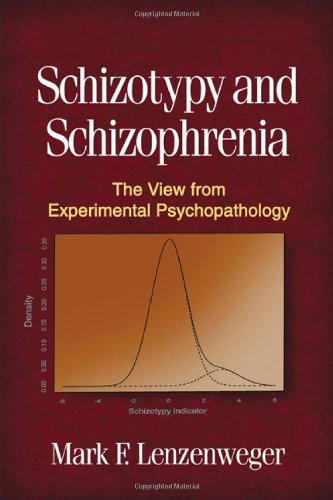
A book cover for Schizotypy and Schizophrenia: The View from Experimental Psychopathology; Mark F. Lenzenweger PhD; Medical Books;